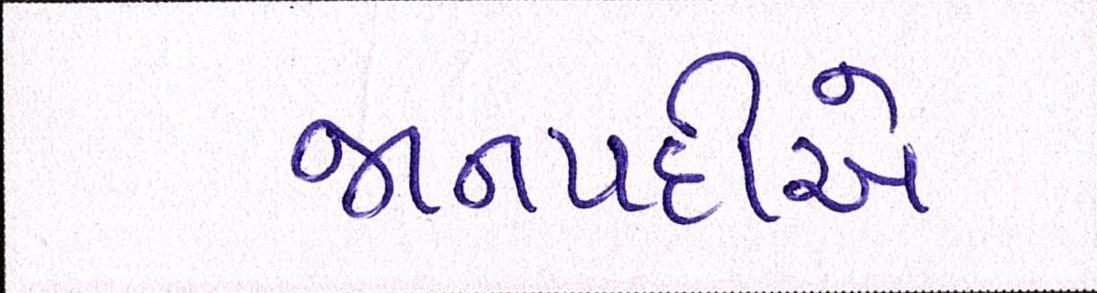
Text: જાનપદીએ